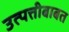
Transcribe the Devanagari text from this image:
उत्पत्तीबाबत